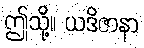
ဤသို့။ ယဒိဇာနာ